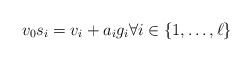
\begin{align*}v_0 s_i = v_i+a_i g_i \forall i \in \{1, \dots, \ell\}\end{align*}